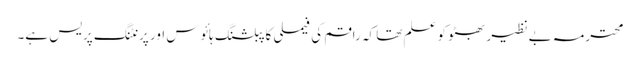
محترمہ بے نظیر بھٹو کو علم تھا کہ راقم کی فیملی کا پبلشنگ ہائوس اور پرنٹنگ پریس ہے۔